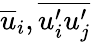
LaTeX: \overline{{u}}_{i},\overline{{u_{i}^{\prime}u_{j}^{\prime}}}